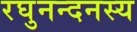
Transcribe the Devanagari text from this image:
रघुनन्दनस्य